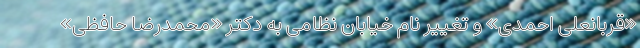
«قربانعلی احمدی» و تغییر نام خیابان نظامی به دکتر «محمدرضا حافظی»